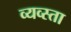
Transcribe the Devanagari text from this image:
व्यव्स्ता